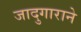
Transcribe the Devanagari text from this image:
जादुगाराने